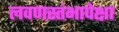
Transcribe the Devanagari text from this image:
लवणस्तंभापेक्षा